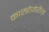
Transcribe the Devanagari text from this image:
कास्त्रोजेरीज़